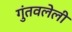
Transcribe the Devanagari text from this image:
गुंतवलेली